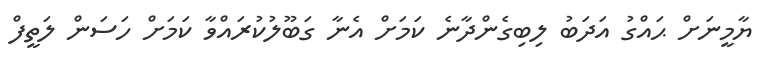
ޔާމީނަށް ޙައްގު އަދަބު ލިބިގެންދާނެ ކަމަށް އެނާ ގަބޫލުކުރައްވާ ކަމަށް ހަސަން ލަތީފް